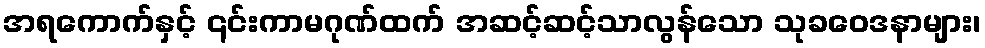
အရကောက်နှင့် ၎င်းကာမဂုဏ်ထက် အဆင့်ဆင့်သာလွန်သော သုခဝေဒနာများ၊